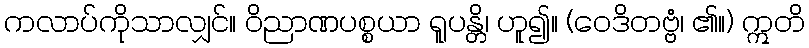
ကလာပ်ကိုသာလျှင်။ ဝိညာဏပစ္စယာ ရူပန္တိ၊ ဟူ၍။ (ဝေဒိတဗ္ဗံ၊ ၏။) ဣတိ